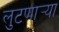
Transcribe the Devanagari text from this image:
लुटणार्‍या